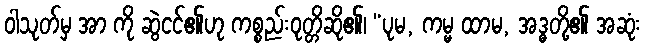
ဝါသုတ်မှ အာ ကို ဆွဲငင်၏ဟု ကစ္စည်းဝုတ္တိဆို၏၊ “ပုမ, ကမ္မ ထာမ, အဒ္ဓတို့၏ အဆုံး